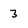
Character: 3